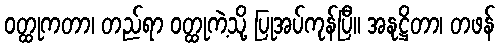
ဝတ္ထုကတာ၊ တည်ရာ ဝတ္ထုကဲ့သို့ ပြုအပ်ကုန်ပြီ။ အနုဋ္ဌိတာ၊ တဖန်